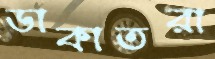
ডাকাতরা